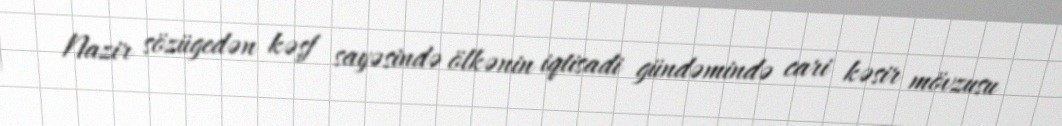
Nazir sözügedən kəşf sayəsində ölkənin iqtisadi gündəmində cari kəsir mövzusu